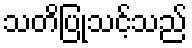
သတိပြုသင့်သည်